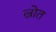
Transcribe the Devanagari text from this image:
ल्रोत